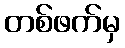
တစ်ဖက်မှ